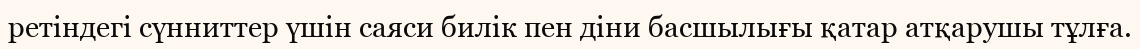
ретіндегі сүнниттер үшін саяси билік пен діни басшылығы қатар атқарушы тұлға.